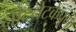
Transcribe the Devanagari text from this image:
नीटनेटकेपणा